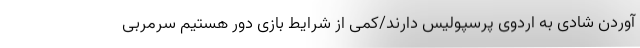
آوردن شادی به اردوی پرسپولیس دارند/کمی از شرایط بازی دور هستیم سرمربی